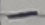
Text: -